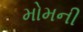
મોમની